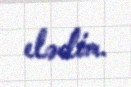
elədim.